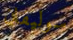
سوليفان